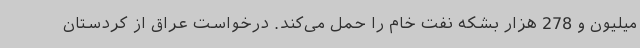
میلیون و 278 هزار بشکه نفت خام را حمل می‌کند. درخواست عراق از کردستان